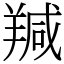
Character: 羬